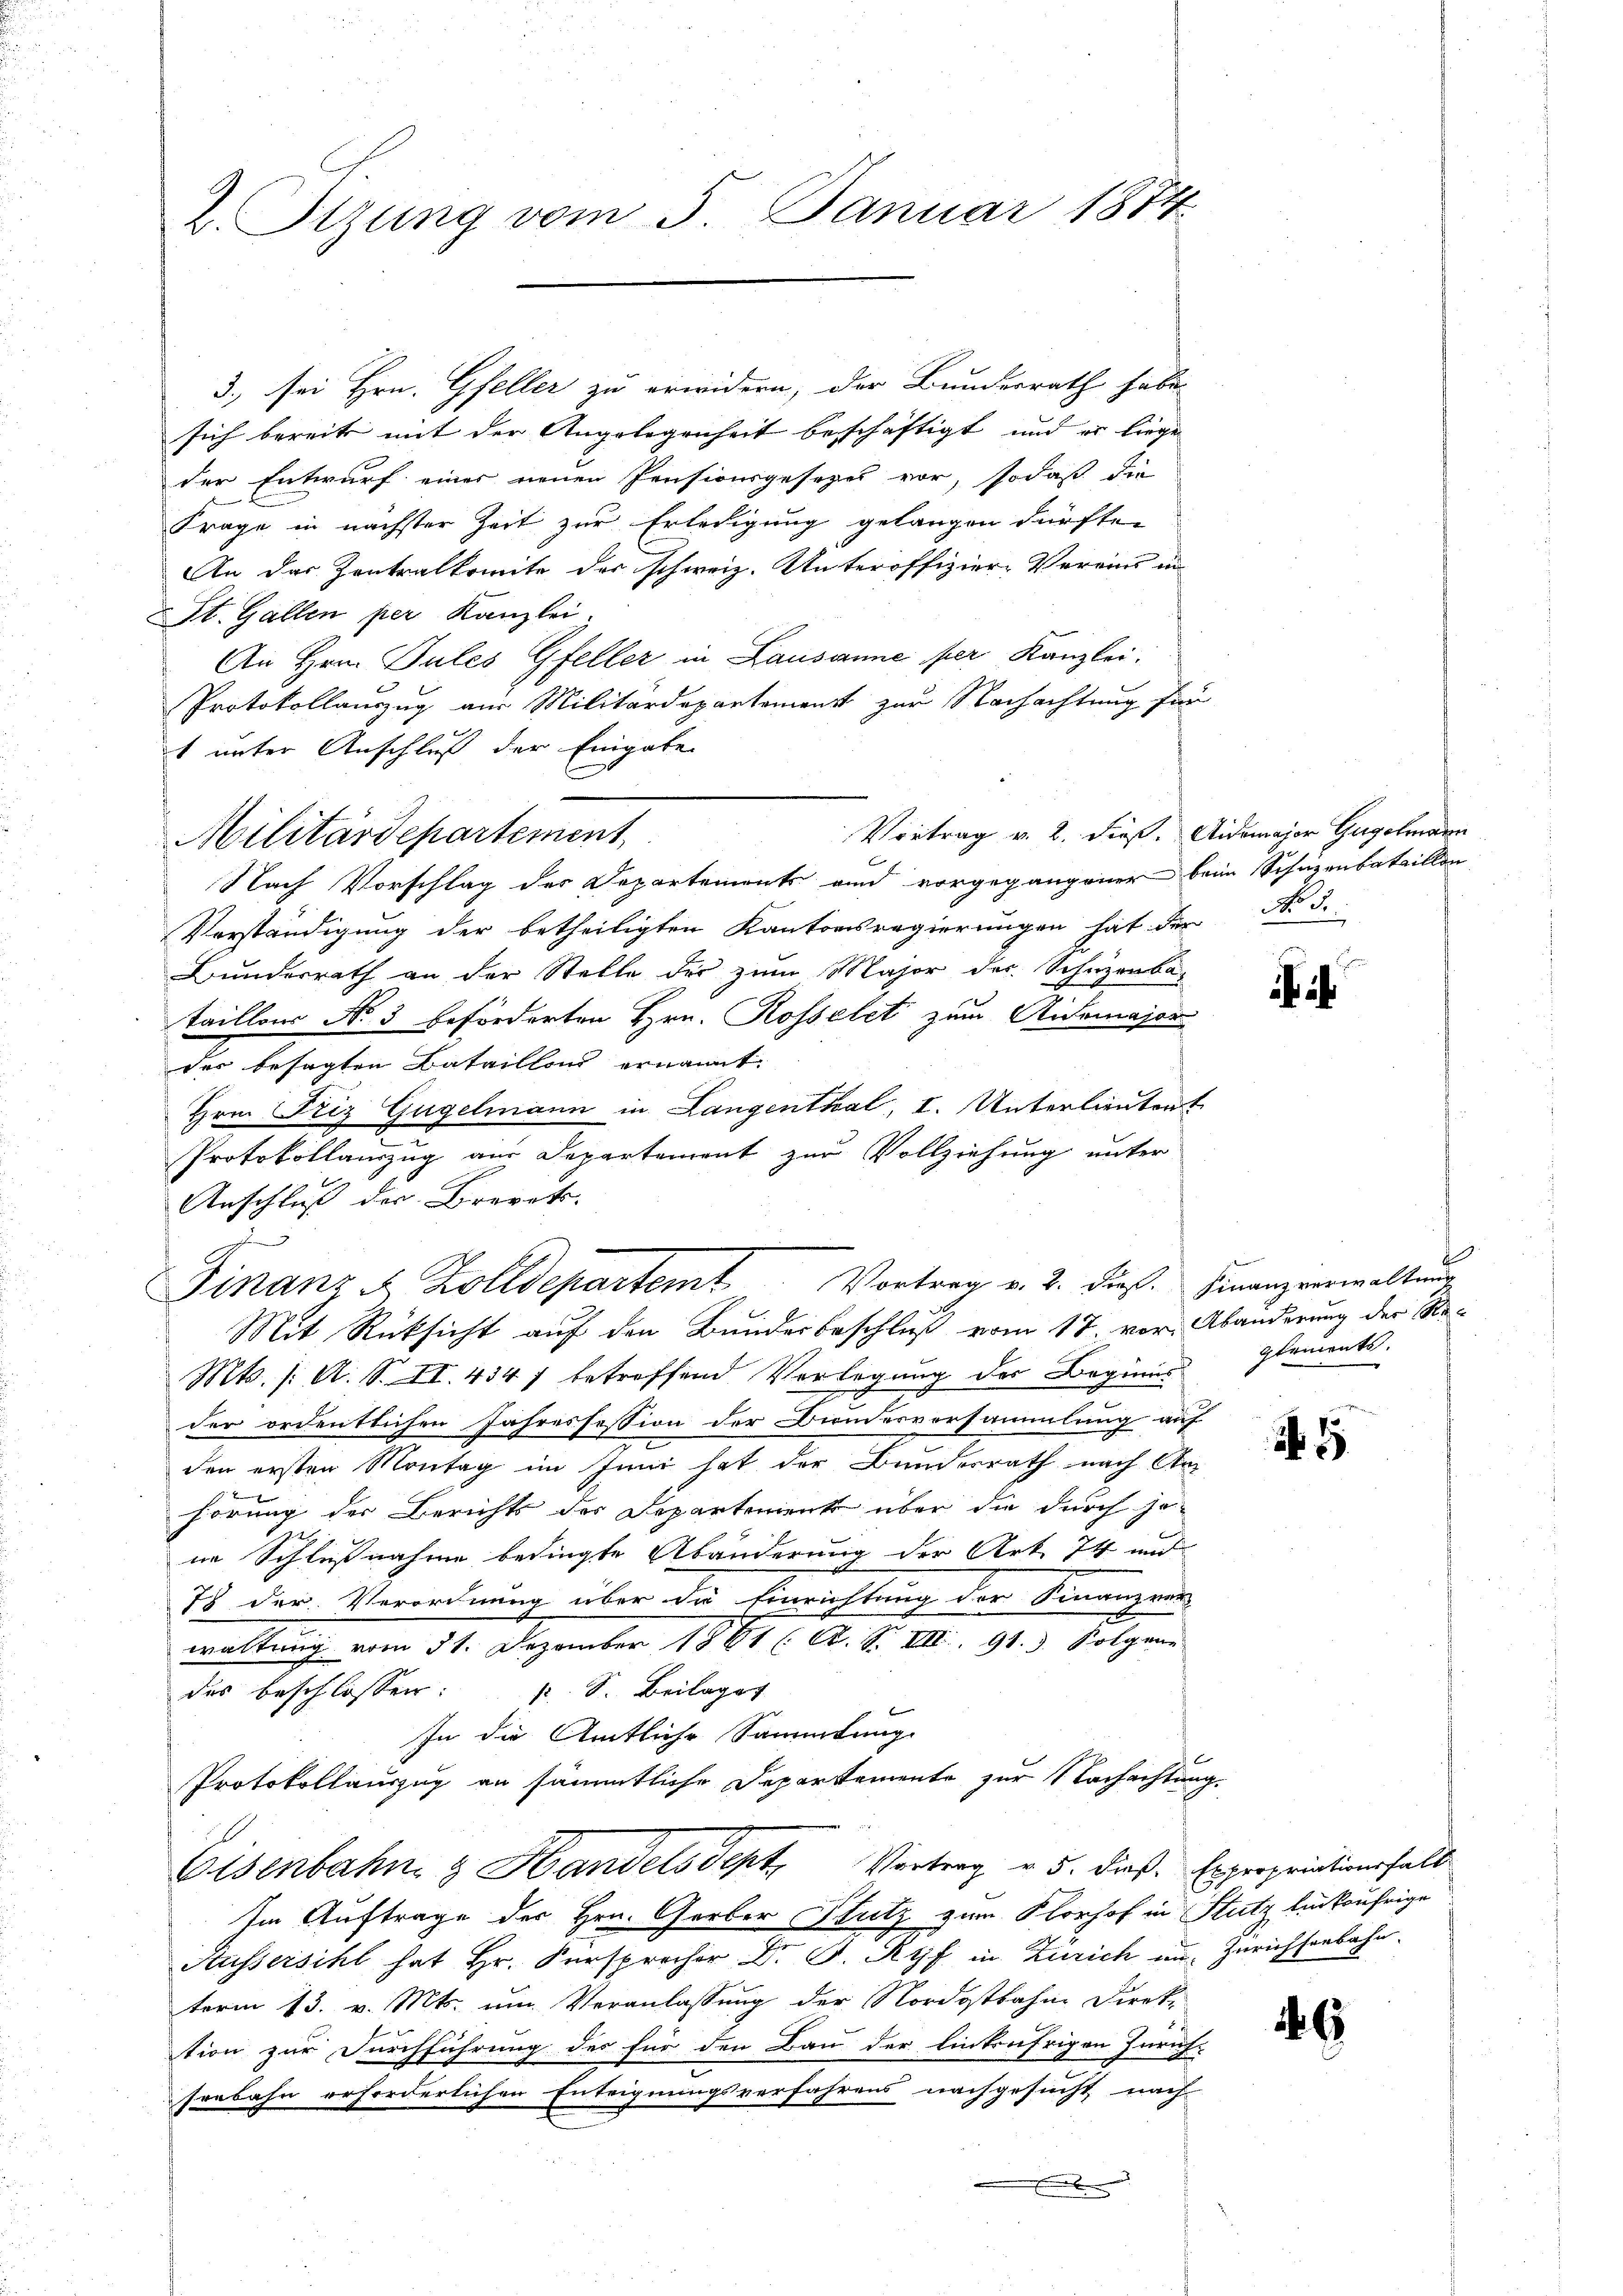
2. Sizung vom 5. Januar 1874

3., sei Hrn. Gfeller zu erwidern, der Bundesrath habe.
sich bereits mit der Angelegenheit beschäftigt, und er liege
der Entwurf einer neuen Pensionsgesezes vor, sodaß die
n
Frage in nächster Zeit zur Erledigung gelangen dürfte,
An das Zentralkomite der schweiz. Unteroffiziere Vereins in
St. Gallen per Kanzlei.
An Hrn. Pules Gfeller in Lausanne per Kanzlei.
Protokollauszug aus Militärdepartement zur Nachachtung für
 unter Anschluß der Eingabe
Vortrag v. 2. dieß. Aidemajor Gugelmann
Militärdepartement
Nach Vorschlag des Departements und vorgegangener beim Schutzenbataillon
Vorständigung der betheiligten Kantonsregierungen hat der No 3.
Bunderrath an der Stelle der zum Major des Schuzenba-
taillons No 3 beförderten Hrn. Rosselet zum Aidemajor
der besagten Bataillons ernannt.
Hrn. Friz Gugelmann in Langenthal, I. Unterlieutent
Protokollauszug aus Departement zur Vollziehung unter
Anschluß der Brevet.

Finanz u. Zolldepartemt Vortrag v. 2. dieß. Finanzverwaltŭng
Mit Rücksicht auf den Bunderbeschluß vom 17. vor Abänderung der Re¬
Mts. /: A. S. II. 4347 betroffend Verlegung des Beginns
der ordentlichen Jahressession der Bundesvorsammlung auf
den ersten Montag im Juni hat der Bundesrath nach Anhörung der Berichts der Departement über die durch je¬
225
in Schlußnahme bedingte Abänderung der Art. 74 und
75 der Verordnung über die Einrichtung der Finanzens
waltung vom 31. Dezember 1861 (A. F. VIII. 91. 3. Folgend
des beschlossen: p. S. Beilages
In die Amtliche Sammlung
Protokollauszug an sämmtliche Departemente zur Nachachtung.
Eisenbahn & Handels Sept, Vortrag v. 5. dieß. Expropriationsfall
Im Auftrage der Hrn. Gerber Stutz zum Klorhof in Stutz linkufrige
Aussersihl hat Hr. Fürsprocher Dr. G. Ryf in Zürich in Zürichtenbahn.
term 13. v. Mts. um Veranlassung der Nordostbahne Direk-
tion zur Durchführung des für den Bau der linkufrigen Zürich-
senbahn erforderlichen Enteignungsverfahrens nachgesucht nach
.

n

i

glements.

5

6